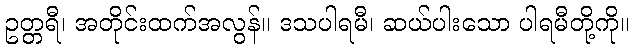
ဥတ္တရီ၊ အတိုင်းထက်အလွန်။ ဒသပါရမီ၊ ဆယ်ပါးသော ပါရမီတို့ကို။